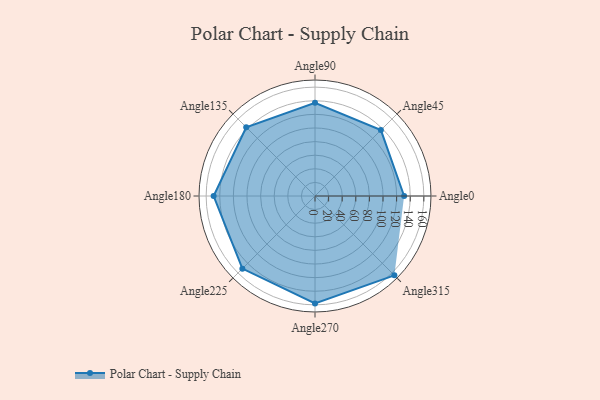
{"axis": {"x": "Angle", "y": "Radius"}, "legend": [""], "data": [{"x": "Angle0", "y": 131.0, "type": ""}, {"x": "Angle45", "y": 137.0, "type": ""}, {"x": "Angle90", "y": 137.0, "type": ""}, {"x": "Angle135", "y": 143.0, "type": ""}, {"x": "Angle180", "y": 149.0, "type": ""}, {"x": "Angle225", "y": 151.0, "type": ""}, {"x": "Angle270", "y": 158.0, "type": ""}, {"x": "Angle315", "y": 165.0, "type": ""}]}